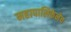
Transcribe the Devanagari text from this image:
महापालिकेनेच